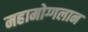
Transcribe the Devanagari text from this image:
महामोग्गलान